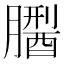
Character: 𦡅